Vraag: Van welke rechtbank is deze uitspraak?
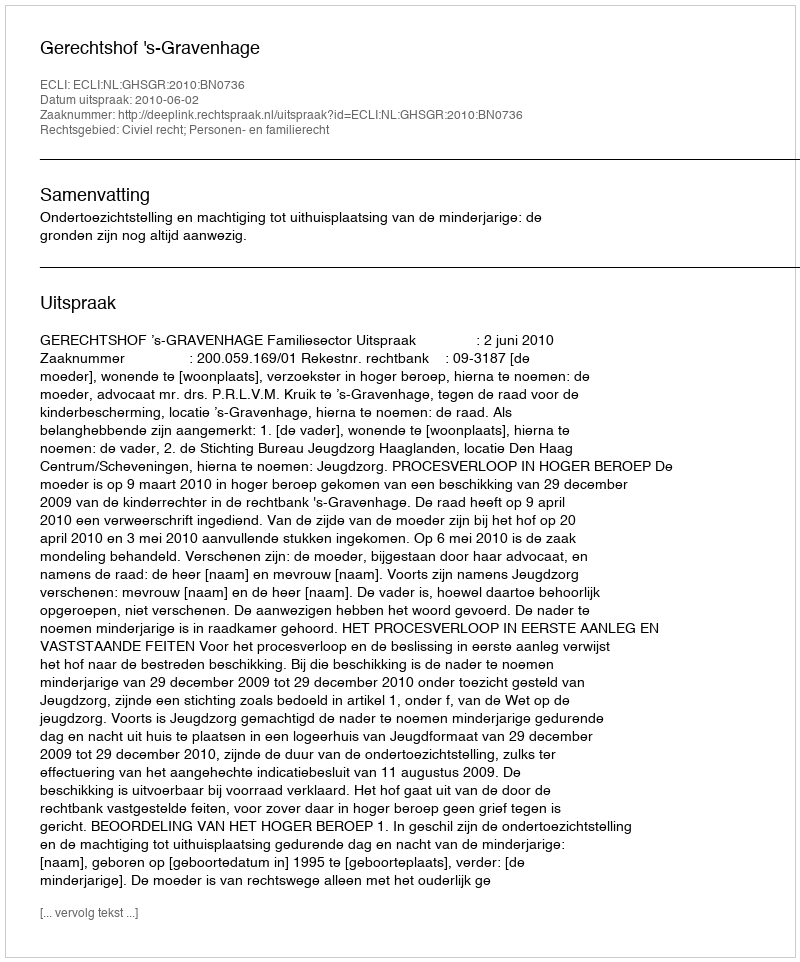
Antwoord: Gerechtshof 's-Gravenhage